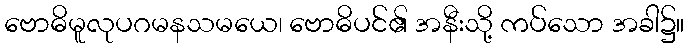
ဗောဓိမူလုပဂမနသမယေ၊ ဗောဓိပင်၏ အနီးသို့ ကပ်သော အခါ၌။